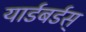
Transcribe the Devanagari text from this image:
यार्डबर्डस्